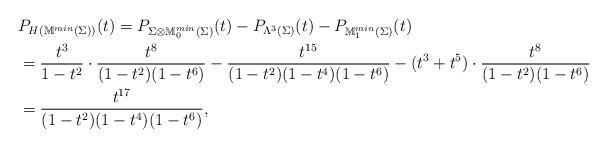
LaTeX: \begin{align*}& P_{H(\mathbb{M}^{min}(\Sigma))}(t)=P_{\Sigma\otimes\mathbb{M}_0^{min}(\Sigma)}(t)-P_{\Lambda^3(\Sigma)}(t)-P_{\mathbb{M}_1^{min}(\Sigma)}(t)\\ & ={t^3\over 1-t^2}\cdot{t^8\over(1-t^2)(1-t^6)}-{t^{15}\over(1-t^2)(1-t^4)(1-t^6)}-(t^3+t^5)\cdot{t^8\over(1-t^2)(1-t^6)}\\ & ={t^{17}\over(1-t^2)(1-t^4)(1-t^6)}, \end{align*}